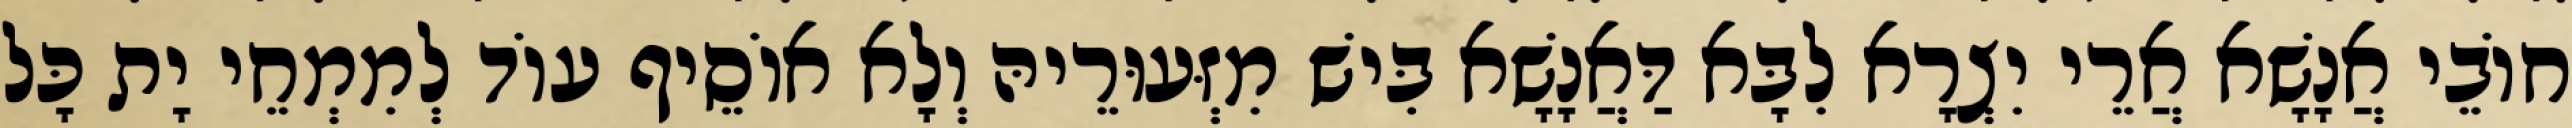
חוֹבֵי אֲנָשָׁא אֲרֵי יִצְרָא לִבָּא דַּאֲנָשָׁא בִּישׁ מִזְּעוּרֵיהּ וְלָא אוֹסֵיף עוֹד לְמִמְחֵי יָת כָּל